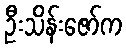
ဦးသိန်းဇော်က